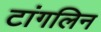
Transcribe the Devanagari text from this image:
टांगलिन